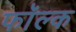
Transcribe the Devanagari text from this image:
फॉल्क